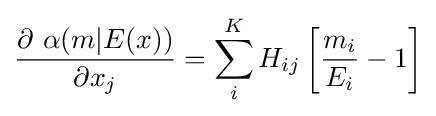
{\frac {\partial \ \alpha (m\vert E(x))}{\partial x_{j}}}=\sum _{i}^{K}H_{ij}\left[{\frac {m_{i}}{E_{i}}}-1\right]